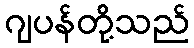
ဂျပန်တို့သည်